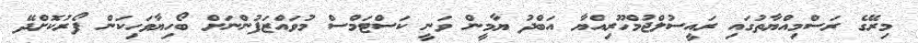
މިރޭގެ ރަސްމިއްޔާތުގައި ރައީސުލްޖުމްހޫރިއްޔާ އަބްދު ޔާމީން ވަނީ ކަސްޓަމްސް މުވައްޒަފުންނަށް ބޯހިޔާވަހިކަން ފޯރުކޮށްދޭ